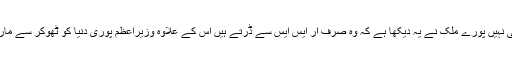
ہم نے ہی نہیں پورے ملک نے یہ دیکھا ہے کہ وہ صرف آر ایس ایس سے ڈرتے ہیں اس کے علاوہ وزیراعظم پوری دنیا کو ٹھوکر سے مارتے ہیں۔